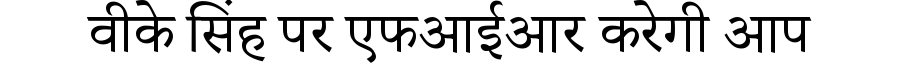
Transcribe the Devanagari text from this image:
वीके सिंह पर एफआईआर करेगी आप